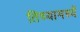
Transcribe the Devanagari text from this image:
तिच्यामध्यें